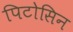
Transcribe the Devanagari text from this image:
पिटोसिन